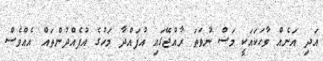
އަދި އަނެއް ވާހަކައަކީ މަސް ނުވަތަ ރާއްޖޭގައި އުފައްދާ މަހުގެ އުފެއްދުންތައް އެއްވެސް